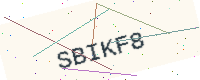
Text: SBIKF8